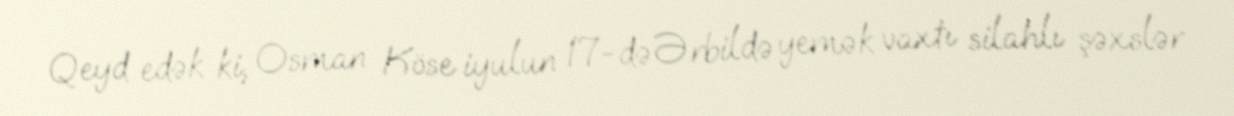
Qeyd edək ki, Osman Köse iyulun 17-də Ərbildə yemək vaxtı silahlı şəxslər